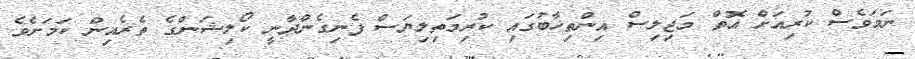
ނަމަވެސް ކުރިއަށް އޮތް މަޖިލިސް އިންތިޚާބުގައި ކުރިމަތިލިޔަސް ފެނިގެންދާނީ ކޯލިޝަންގެ ތެރެއިން ކަމަށެވެ.